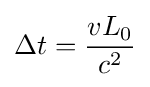
\Delta t={\frac {vL_{0}}{c^{2}}}